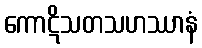
ကောဋိသတသဟဿာနံ